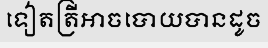
ទៀតត្រីអាចបោយបានដូច